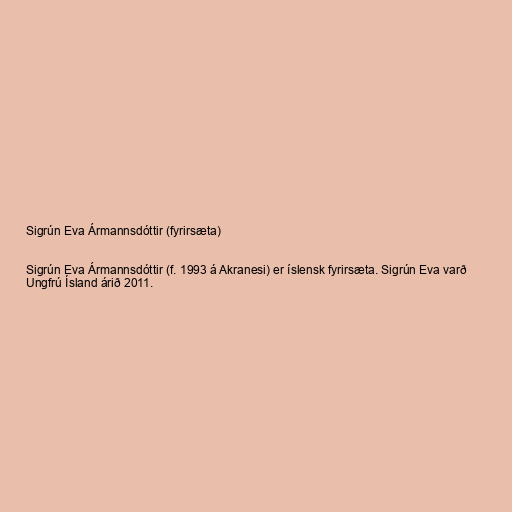
Sigrún Eva Ármannsdóttir (fyrirsæta)

Sigrún Eva Ármannsdóttir (f. 1993 á Akranesi) er íslensk fyrirsæta. Sigrún Eva varð
Ungfrú Ísland árið 2011.